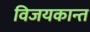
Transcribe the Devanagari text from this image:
विजयकान्त